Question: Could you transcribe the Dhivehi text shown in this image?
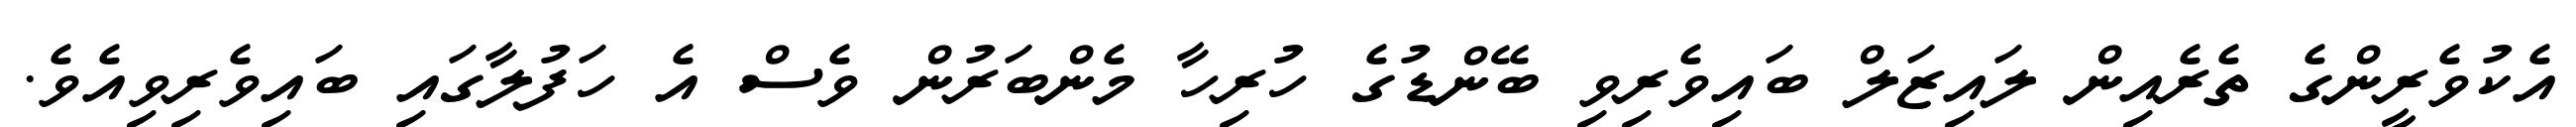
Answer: އެކުވެރީންގެ ތެރެއިން ލައިޒަލް ބައިވެރިވި ބޭންޑުގެ ހުރިހާ މެންބަރުން ވެސް އެ ހަފުލާގައި ބައިވެރިވިއެވެ.